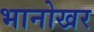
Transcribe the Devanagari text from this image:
भानोखर